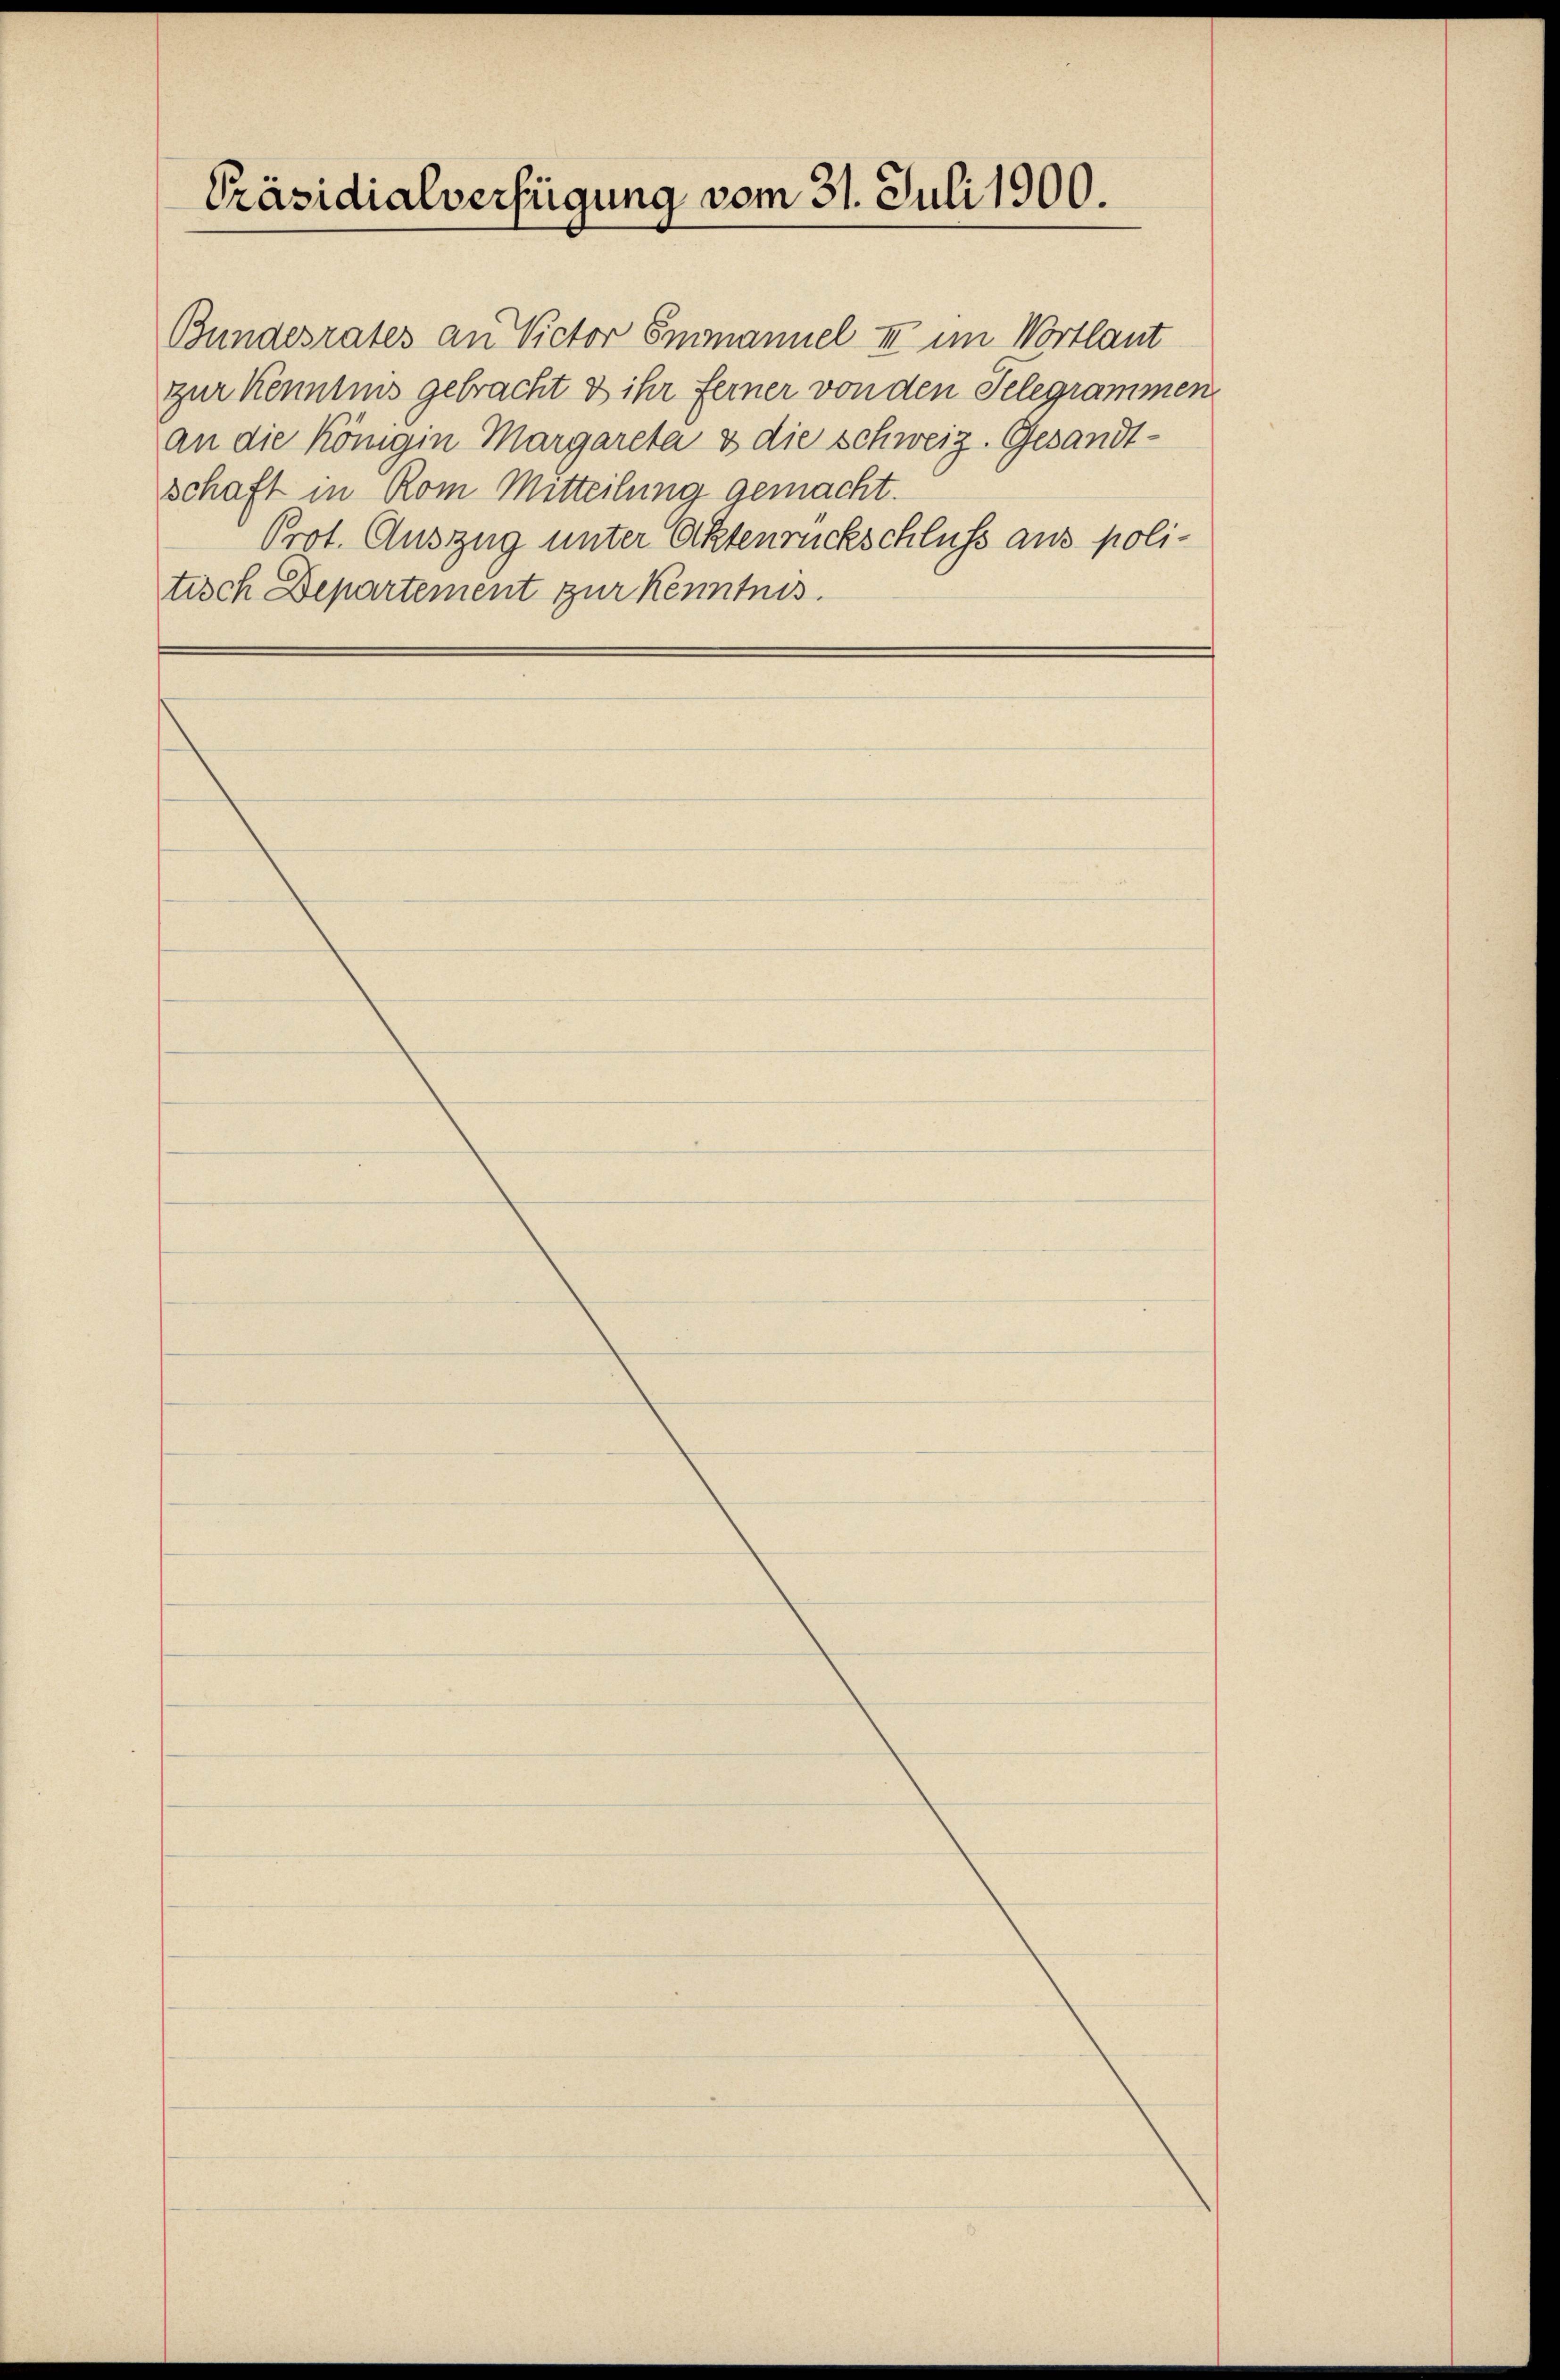
Präsidialverfügung vom 31. Juli 1900.

Bundesrates an Victor Emanuel III im Wortlaut
zur Kenntnis gebracht & ihr Ferner von den Telegrammen
an die Königin Margareta & die schweiz. Gesandtschaft in Rom Mitteilung gemacht.
Prot. Auszug unter Aktenrückschluss aus politisch Departement zur Kenntnis.